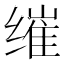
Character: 𮉮